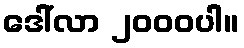
ဒေါ်လာ ၂၀၀၀ပါ။